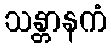
သန္တာနကံ